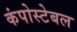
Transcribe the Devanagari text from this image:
कंपोस्टेबल